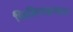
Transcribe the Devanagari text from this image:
फिलिपाइन्सला